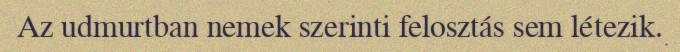
Az udmurtban nemek szerinti felosztás sem létezik.